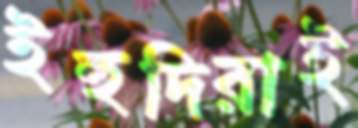
ইহুদিরাই